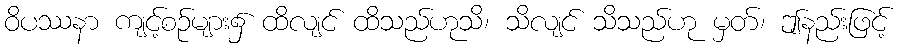
ဝိပဿနာ ကျင့်စဉ်များ၌ ထိလျင် ထိသည်ဟုသိ၊ သိလျင် သိသည်ဟု မှတ်၊ ဤနည်းဖြင့်